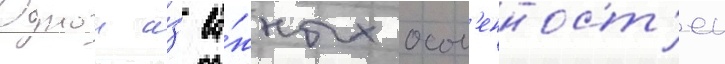
Однои и́з ва́жных особ'енност'еи